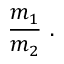
{ \frac { m _ { 1 } } { m _ { 2 } } } \ .